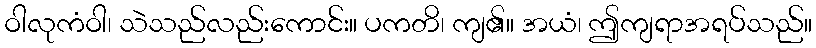
ဝါလုကံဝါ၊ သဲသည်လည်းကောင်း။ ပကတိ၊ ကျ၏။ အယံ၊ ဤကျရာအရပ်သည်။